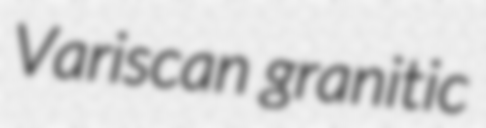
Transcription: Variscan granitic